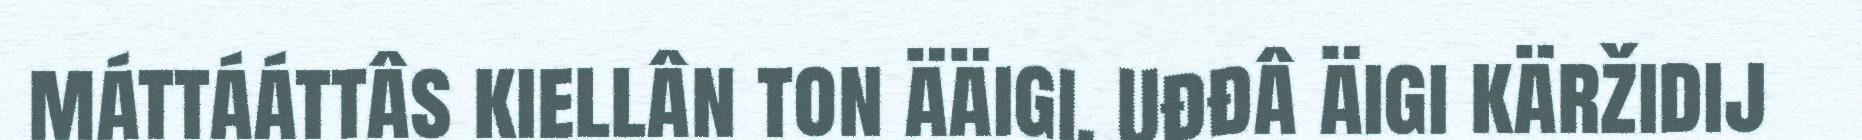
máttááttâs kiellân ton ääigi. Uđđâ äigi käržidij